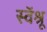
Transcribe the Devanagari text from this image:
स्वॅश्रू